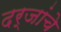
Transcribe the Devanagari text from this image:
दर्जांचे